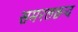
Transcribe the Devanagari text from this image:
समरलछन्द